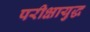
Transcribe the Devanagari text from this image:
परीक्षायुद्ध